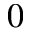
0